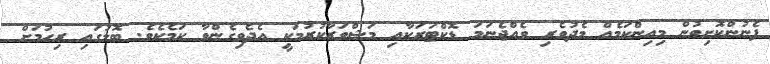
ފެނުންކޮށިވުން މިއިންކަމެއް މެދުވެރި ވެއްޖެނަމަ ޑޮކްޓަރަކާއި މަޝްވަރާކުރުމަކީ އެދެވިގެންވާ ކަމެކެވެ. ބޮލުގައި ރިހުމަށް